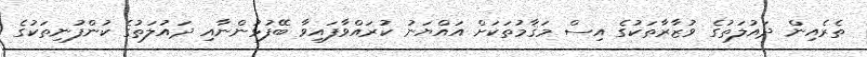
ތެރެއިން ދައުލަތުގެ ވުޒާރާތަކުގެ އިސް މަޤާމުތަކަށް އައްޔަނު ކުރައްވާފައިވާ ބޭފުޅުންނާއި ދައުލަތުގެ ކުންފުނިތަކުގެ